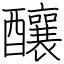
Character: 釀